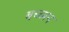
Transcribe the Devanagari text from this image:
बच्च्पन